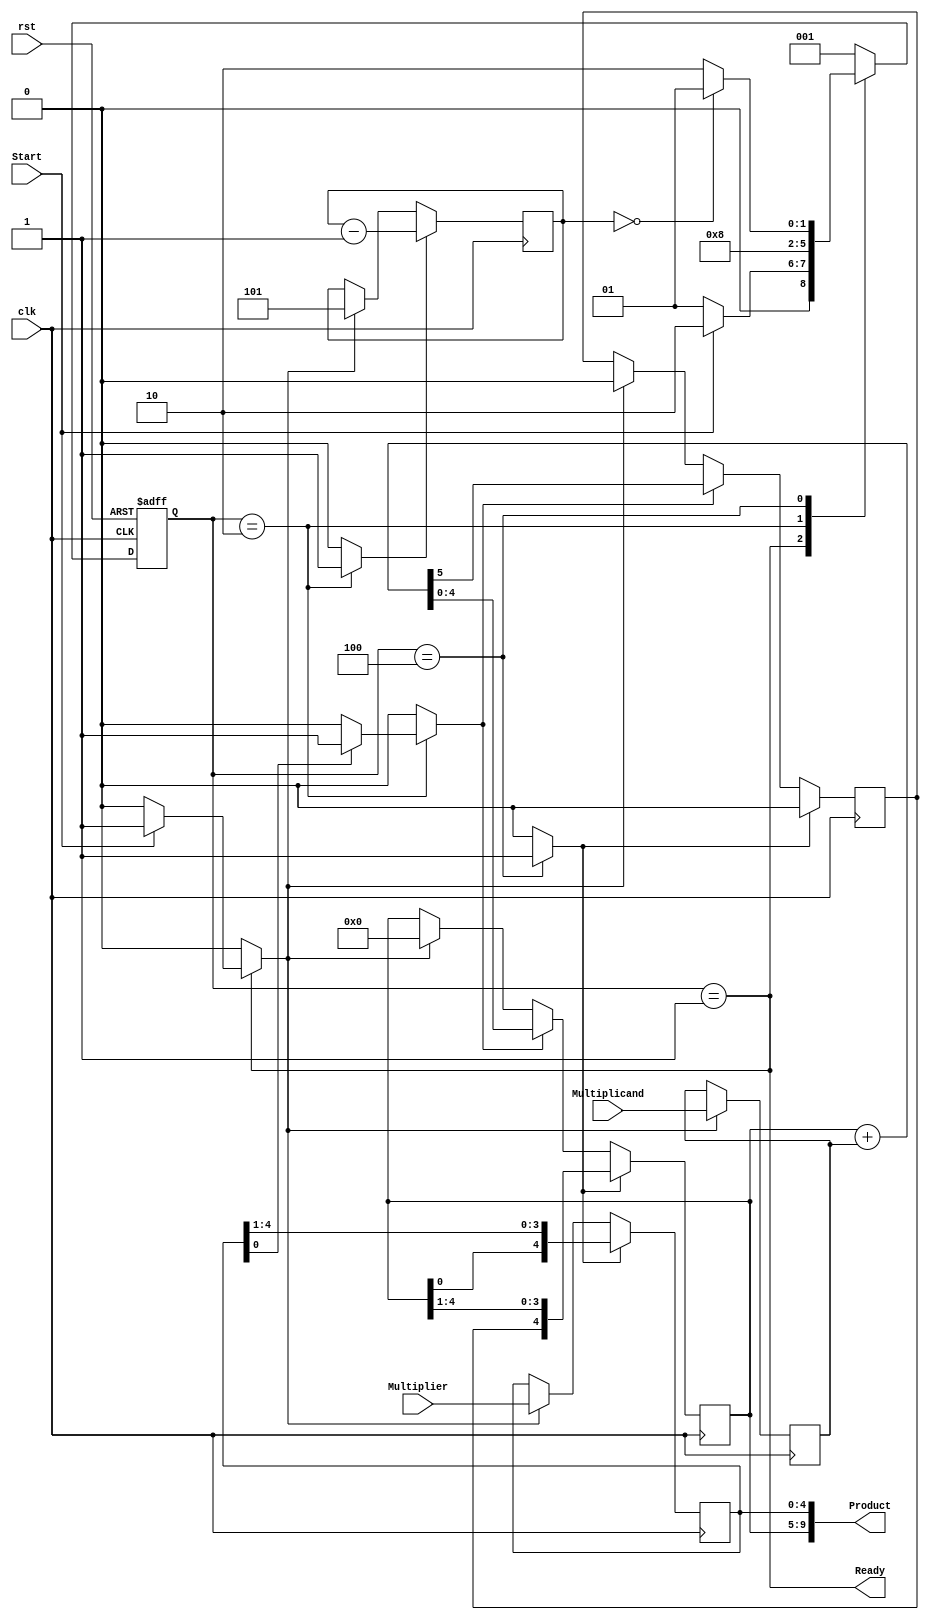
`timescale 1ns / 1ps
//__________________________________________________________________________________________//
//Sequential multiplier with 3 states controlling the multiplier action using one hot design//
//__________________________________________________________________________________________//

module ASMD_mult(Product,Ready,Multiplicand,Multiplier,Start,clk,rst);
parameter dp_width = 5;  //set to width of datapath (or) the multiplier and multiplicand configurable to needs

//Deafault I/O ports
output [2*dp_width-1:0] Product;
output                  Ready;
input [dp_width-1:0]    Multiplier,Multiplicand;
input                   Start,clk,rst;

//Setting up other parameters to be used
parameter BC_size=3; //size of bit counter set according to the length of Multiplier
parameter S_idle = 3'b001,//Setting up values for each state
          S_add  = 3'b010,
          S_shift= 3'b100;
reg [2:0]          state,next_state; //containers for holding state values
reg [dp_width-1:0] A,B,Q;
reg                C;
reg [BC_size-1:0]  P;
reg                Load_regs,Decr_p,Add_regs,Shift_regs;

//Setting up combinational logics
assign Product = {A,Q};
wire Zero      = (P==0);
wire Ready     = (state==S_idle);

//CONTROL UNIT

//Reset chck loop
always @(posedge clk, negedge rst)
if(~rst) state<= S_idle; else state <= next_state;

//setting up Controls for status signals
always @(state,Start,Q[0],Zero) 
begin
    next_state = S_idle;
    Load_regs  = 0;
    Decr_p     = 0;
    Add_regs   = 0;
    Shift_regs = 0;
    case(state)
    S_idle : begin
                if(Start)
                begin 
                    next_state = S_add;
                    Load_regs  = 1; 
                end
             end
    S_add  : begin 
                next_state        = S_shift;
                Decr_p            = 1;
                if(Q[0]) Add_regs = 1;
             end
    S_shift: begin
                Shift_regs          = 1;
                if(Zero) next_state = S_idle;
                else next_state     = S_add;
             end
 //   default: next_state = S_idle;
    endcase
end

//Datapath block setting up all reg values
always @(posedge clk)
begin
 if(Load_regs) 
 begin
    P <= dp_width;
    A <= 0;
    C <= 0;
    B <= Multiplicand;
    Q <= Multiplier;
 end
 if(Add_regs)
    {C,A} <= A+B;
 if(Shift_regs)
    {C,A,Q} <= {C,A,Q} >> 1;
 if(Decr_p)
    P <= P-1;
end


endmodule